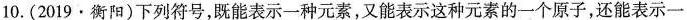
10.(2019·衡阳)下列符号，既能表示一种元素，又能表示这种元素的一个原子，还能表示一